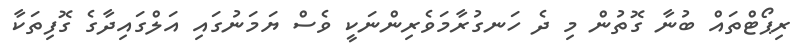
ރިޕޯޓްތައް ބުނާ ގޮތުން މި ދެ ހަނގުރާމަވެރިންނަކީ ވެސް ޔަމަނުގައި އަލްގައިދާގެ ގޮފިތަކާ